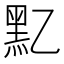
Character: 𪐘